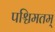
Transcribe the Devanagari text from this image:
पश्चिमतम्